Annual report on the mental hospital in the Central Provinces and Berar (Nagpur) - 1927-1951
Year: 1927
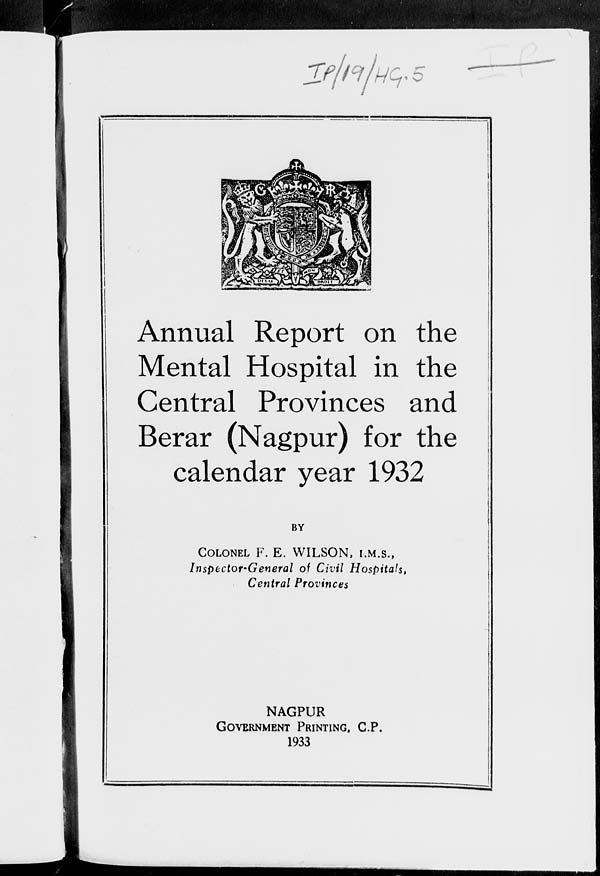
Annual Report on the
Mental Hospital in the
Central Provinces and
Berar (Nagpur) for the
calendar year 1932
BY
COLONEL F. E. WILSON, I.M.S.,
Inspector-General of Civil Hospitals,
Central Provinces
NAGPUR
GOVERNMENT PRINTING. C.P.
1933